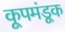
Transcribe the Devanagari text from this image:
कूपमंडूक